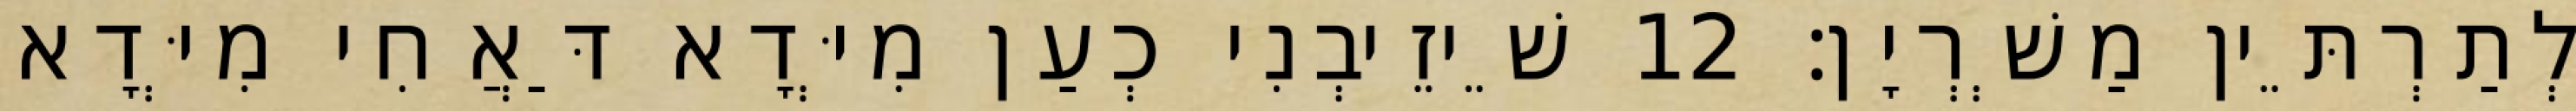
לְתַרְתֵּין מַשְׁרְיָן׃ 12 שֵׁיזֵיבְנִי כְעַן מִיְּדָא דַּאֲחִי מִיְּדָא